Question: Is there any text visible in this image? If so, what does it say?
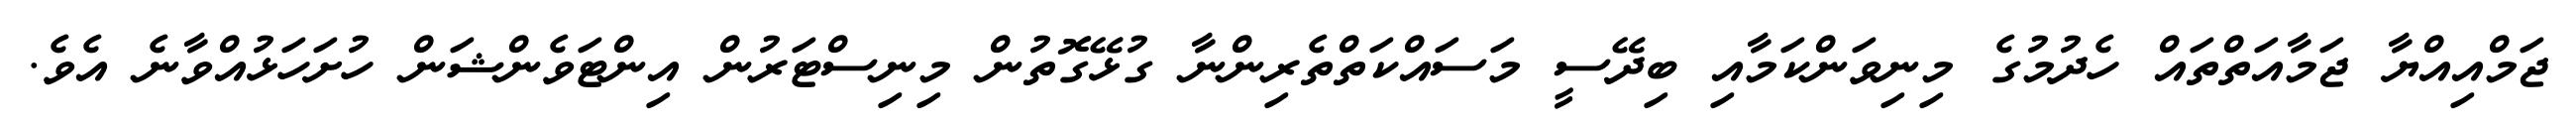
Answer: ޖަމްއިއްޔާ ޖަމާއަތްތައް ހެދުމުގެ މިނިވަންކަމާއި ބިދޭސީ މަސައްކަތްތެރިންނާ ގުޅޭގޮތުން މިނިސްޓަރުން އިންޓަވެންޝަން ހުށަހަޅުއްވާނެ އެވެ.